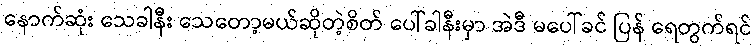
နောက်ဆုံး သေခါနီး သေတော့မယ်ဆိုတဲ့စိတ် ပေါ်ခါနီးမှာ အဲဒီ မပေါ်ခင် ပြန် ရေတွက်ရင်